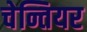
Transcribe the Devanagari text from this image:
चेन्तियर